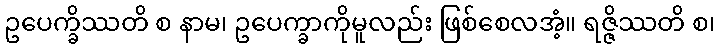
ဥပေက္ခိဿတိ စ နာမ၊ ဥပေက္ခာကိုမူလည်း ဖြစ်စေလအံ့။ ရဇ္ဇိဿတိ စ၊